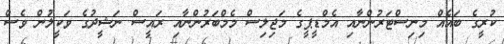
ކުރީގެ ބައެއް މިނިސްޓަރުންނާއި އެމްޑީޕީގެ މަޖިލިސް މެމްބަރުންނާއި ރައީސް ނަޝީދުގެ ވަކީލުން ވެސް